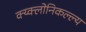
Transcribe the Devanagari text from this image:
क्य्क्लोनिकल्ल्य